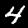
Digit: 4